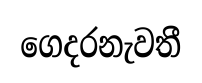
ගෙදරනැවතී